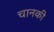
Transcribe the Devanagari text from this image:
चानकी